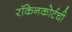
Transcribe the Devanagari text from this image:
रॉकेनकोर्टची